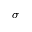
\sigma